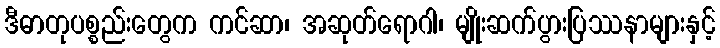
ဒီဓာတုပစ္စည်းတွေက ကင်ဆာ၊ အဆုတ်ရောဂါ၊ မျိုးဆက်ပွားပြဿနာများနှင့်